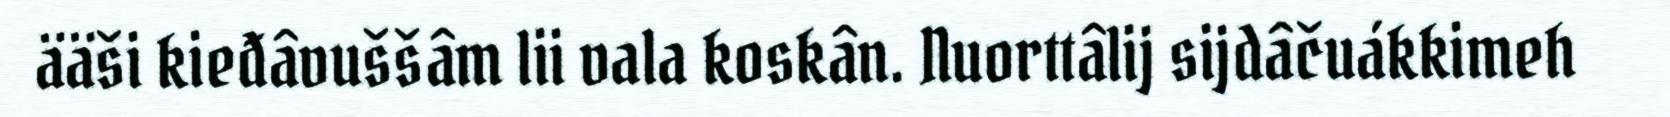
ääši kieđâvuššâm lii vala koskân. Nuorttâlij sijdâčuákkimeh